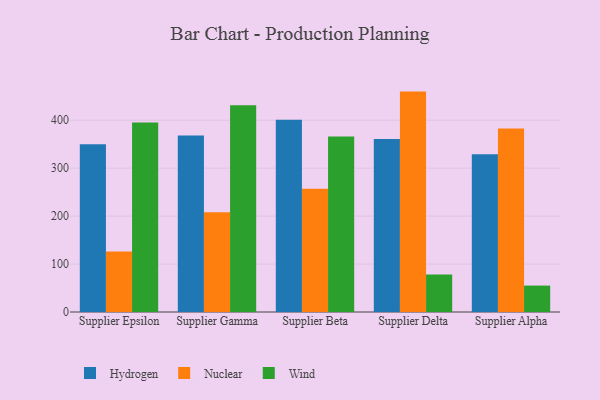
{"axis": {"x": "Supplier", "y": "Website Visitors"}, "legend": ["Hydrogen", "Nuclear", "Wind"], "data": [{"x": "Supplier Epsilon", "y": 350.0, "type": "Hydrogen"}, {"x": "Supplier Epsilon", "y": 126.0, "type": "Nuclear"}, {"x": "Supplier Epsilon", "y": 395.5, "type": "Wind"}, {"x": "Supplier Gamma", "y": 367.9, "type": "Hydrogen"}, {"x": "Supplier Gamma", "y": 208.1, "type": "Nuclear"}, {"x": "Supplier Gamma", "y": 431.2, "type": "Wind"}, {"x": "Supplier Beta", "y": 401.1, "type": "Hydrogen"}, {"x": "Supplier Beta", "y": 256.9, "type": "Nuclear"}, {"x": "Supplier Beta", "y": 365.9, "type": "Wind"}, {"x": "Supplier Delta", "y": 360.7, "type": "Hydrogen"}, {"x": "Supplier Delta", "y": 459.7, "type": "Nuclear"}, {"x": "Supplier Delta", "y": 78.0, "type": "Wind"}, {"x": "Supplier Alpha", "y": 329.2, "type": "Hydrogen"}, {"x": "Supplier Alpha", "y": 382.6, "type": "Nuclear"}, {"x": "Supplier Alpha", "y": 55.1, "type": "Wind"}]}